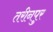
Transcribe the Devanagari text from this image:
तरीनपुर